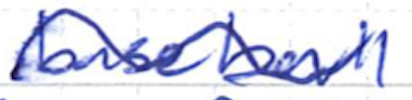
Text: baseball
Cross-out: wave
Writing tool: ballpoint